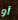
أو